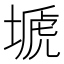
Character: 𡏚